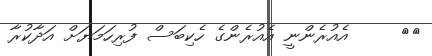
٣٣     އެއުރެންނީ އެއުރެންގެ ހެކިބަސް ފުރިހަމަޔަށް އަދާކުރާ